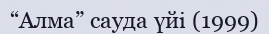
“Алма” сауда үйі (1999)